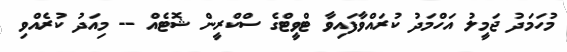
މުހަމަދު ޖަމީލު އަހްމަދު ކުރައްވާފައިވާ ޓްވީޓްގެ ސްކްރީން ޝޮޓެއް -- މިއަދު ކުރެއްވި